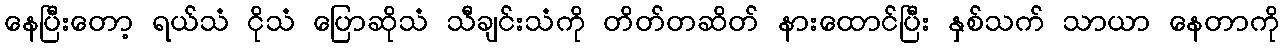
နေပြီးတော့ ရယ်သံ ငိုသံ ပြောဆိုသံ သီချင်းသံကို တိတ်တဆိတ် နားထောင်ပြီး နှစ်သက် သာယာ နေတာကို